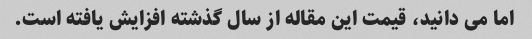
اما می دانید، قیمت این مقاله از سال گذشته افزایش یافته است.